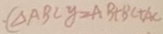
( \Delta A B C y = A B + B C + A C